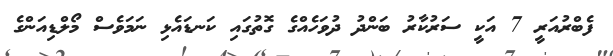
ފެބްރުއަރީ 7 އަކީ ސަރުކާރު ބަންދު ދުވަހެއްގެ ގޮތުގައި ކަނޑައެޅި ނަމަވެސް މޯލްޑިއަންގެ